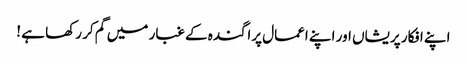
اپنے افکار پریشاں اور اپنے اعمال پراگندہ کے غبار میں گم کر رکھا ہے !